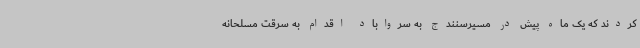
کردند که یک ماه پیش در مسیرسنندج به سرواباد اقدام به سرقت مسلحانه